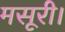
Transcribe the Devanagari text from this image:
मसूरी।